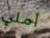
أملي